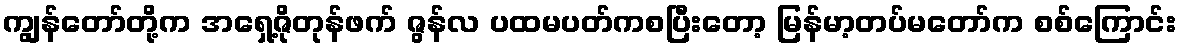
ကျွန်တော်တို့က အရှေ့ဇိုတုန်ဖက် ဇွန်လ ပထမပတ်ကစပြီးတော့ မြန်မာ့တပ်မတော်က စစ်ကြောင်း